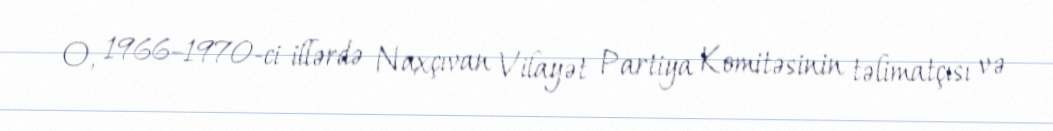
O, 1966–1970-ci illərdə Naxçıvan Vilayət Partiya Komitəsinin təlimatçısı və